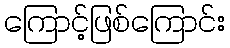
ကြောင့်ဖြစ်ကြောင်း